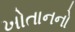
ખોતાનનો